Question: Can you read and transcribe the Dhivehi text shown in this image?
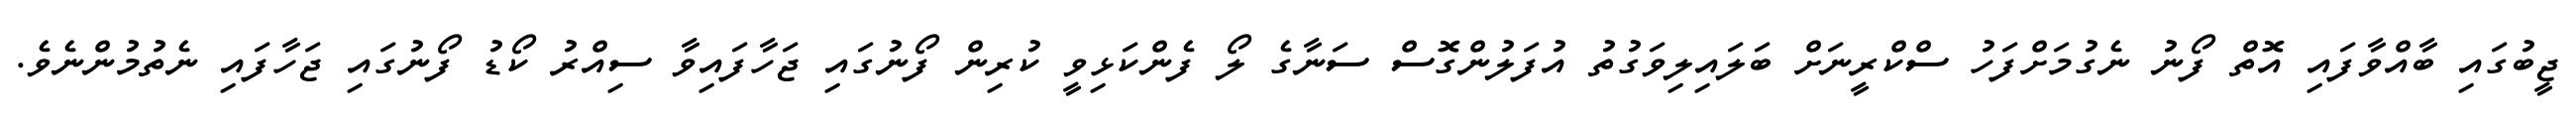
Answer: ޖީބުގައި ބާއްވާފައި އޮތް ފޯނު ނެގުމަށްފަހު ސްކްރީނަށް ބަލައިލިވަގުތު އުފަލުންގޮސް ސަނާގެ ލޯ ފެންކަޅިވީ ކުރިން ފޯނުގައި ޖަހާފައިވާ ސިއްރު ކޯޑު ފޯނުގައި ޖަހާފައި ނެތުމުންނެވެ.